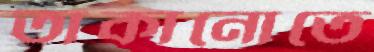
তাকানোতে